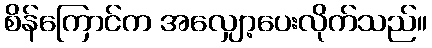
စိန်ကြောင်က အလျှော့ပေးလိုက်သည်။